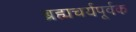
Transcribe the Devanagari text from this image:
ब्रह्मचर्यपूर्वक